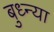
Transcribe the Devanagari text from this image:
बुध्न्या